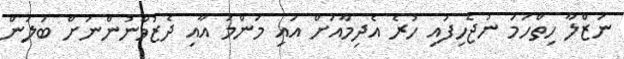
ނަޒްލާ ހިތްހަމަ ނުޖެހިފައި ހުރެ އެދިމާއަށް އައި މަންމަ އާއި ދެޒުވާނުންނަށް ބަލަން